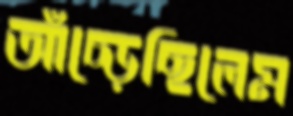
আঁচ্‌ড়েছিলেম